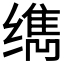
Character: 𰬹